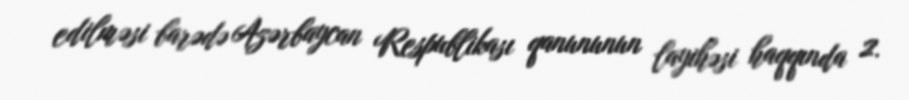
edilməsi barədə Azərbaycan Respublikası qanununun layihəsi haqqında 2.